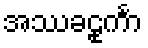
အဿခဠုင်္ကာ